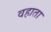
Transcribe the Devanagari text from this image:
वहाता